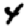
Digit: 4